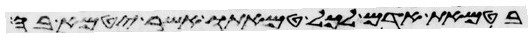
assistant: בטמאת אדם לכל טמאתו אשר יטמא בה